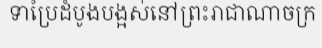
ទាប្រៃដំបូងបង្អស់នៅព្រះរាជាណាចក្រ